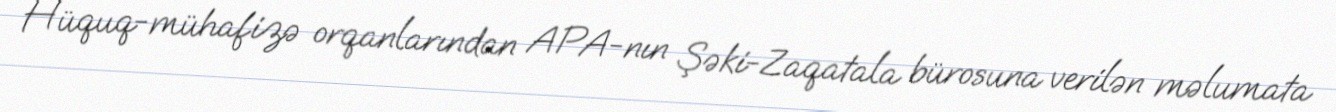
Hüquq-mühafizə orqanlarından APA-nın Şəki-Zaqatala bürosuna verilən məlumata